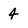
Character: 4